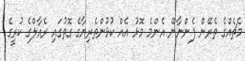
މެޗެއްގެ ތެރޭން ފެންނާނޭ އެންމެ މޮޅު އެއް ކުޅުންތެރިޔާގެ ގޮތުގައި ރެއާލްގެ ކުރީގެ